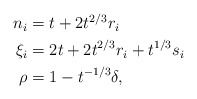
\begin{align*}\begin{aligned}n_i&={t}+2{t}^{2/3}r_i\\\xi_i&=2{t}+2{t}^{2/3}r_i+{t}^{1/3}s_i\\\rho&=1-{t}^{-1/3}\delta,\end{aligned}\end{align*}